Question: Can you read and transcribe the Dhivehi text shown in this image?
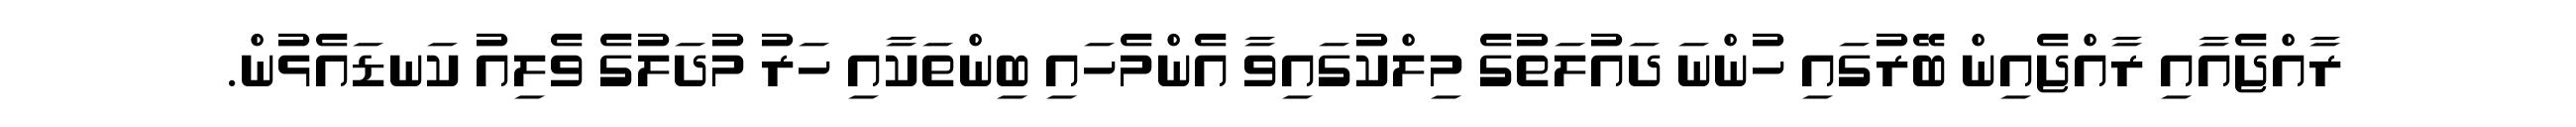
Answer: ރާއްޖެއާއި ރާއްޖެއިން ބޭރުގައި ހުންނަ ދައުލަތުގެ މިލްކުގައިވާ އެންމެހައި ބިންތަކާއި ހަރު މުދަލުގެ ވެލިއު ކަނޑައެޅުން.